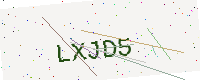
Text: LXJD5